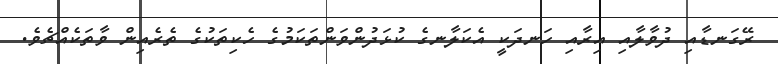
ރޭގަނޑާއި ދުވާލާއި އިރާއި ހަނދަކީ އެކަލާނގެ ކުޅަދުންވަންތަކަމުގެ ހެކިތަކުގެ ތެރެއިން ވާތަކެއްޗެވެ.